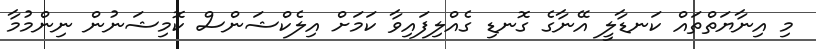
މި އިނާޔަތްތައް ކަނޑާލީ އޭނާގެ ގޮނޑި ގެއްލިފައިވާ ކަމަށް އިލެކްޝަންސް ކޮމިޝަނުން ނިންމުމާ